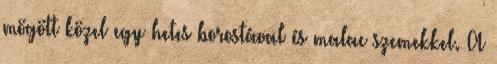
mögött közel egy hetes borostával és malac szemekkel. A